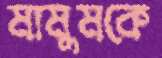
মামুমকে